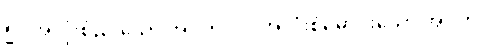
၅။ အလုံးစုံညိုသော အဝတ်၊ ၆။ အလုံးစုံမောင်းသော အဝတ်၊